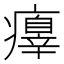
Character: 𤻁